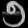
Digit: ၅